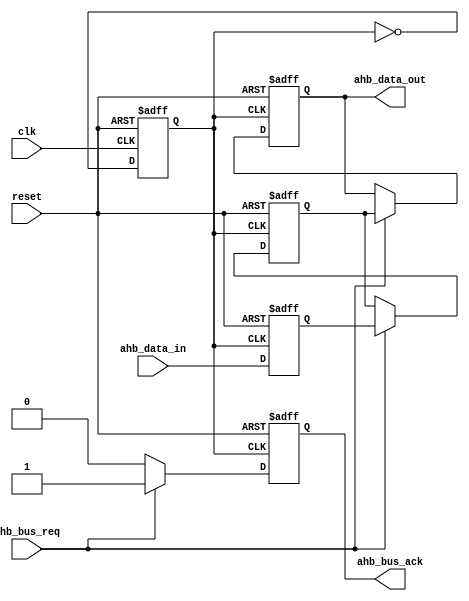
module ahb_controller (
  input wire clk,
  input wire reset,
  input wire ahb_bus_req,
  input wire [31:0] ahb_data_in,
  output wire [31:0] ahb_data_out,
  output wire ahb_bus_ack
);

// Clock generation module
reg clk_divider;
always @(posedge clk or posedge reset) begin
  if (reset) begin
    clk_divider <= 0;
  end else begin
    clk_divider <= ~clk_divider;
  end
end

// Data synchronization module
reg [31:0] synced_data;
always @(posedge clk_divider or posedge reset) begin
  if (reset) begin
    synced_data <= 0;
  end else begin
    synced_data <= ahb_data_in;
  end
end

// AHB bus timing control module
reg [31:0] data_out_reg;
always @(posedge clk_divider or posedge reset) begin
  if (reset) begin
    data_out_reg <= 0;
  end else if (ahb_bus_req) begin
    data_out_reg <= synced_data;
  end
end

// AHB bus controller logic
always @(posedge clk_divider or posedge reset) begin
  if (reset) begin
    ahb_data_out <= 0;
    ahb_bus_ack <= 0;
  end else if (ahb_bus_req) begin
    ahb_data_out <= data_out_reg;
    ahb_bus_ack <= 1;
  end else begin
    ahb_bus_ack <= 0;
  end
end

endmodule